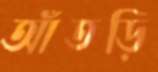
আঁতড়ি